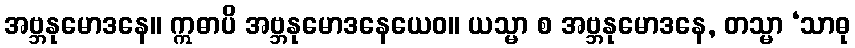
အဗ္ဘနုမောဒနေ။ ဣဓာပိ အဗ္ဘနုမောဒနေယေဝ။ ယသ္မာ စ အဗ္ဘနုမောဒနေ, တသ္မာ ‘သာဓု